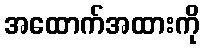
အထောက်အထားကို